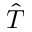
\hat { T }